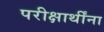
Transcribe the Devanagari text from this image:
परीक्षार्थींना